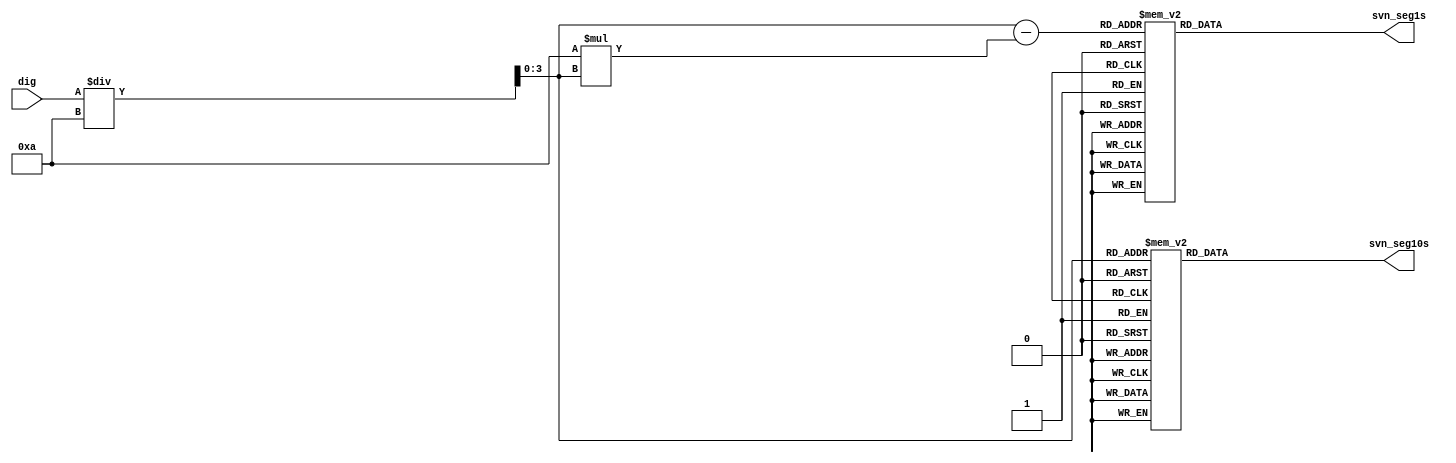
`timescale 1ns / 1ps
//////////////////////////////////////////////////////////////////////////////////
// Company: 
// Engineer: 
// 
// Design Name: 
// Module Name:    svn_seg 
// Project Name: 
// Target Devices: 
// Tool versions: 
// Description: 
//
// Dependencies: 
//
// Revision: 
// Revision 0.01 - File Created
// Additional Comments: 
//
//////////////////////////////////////////////////////////////////////////////////
module svn_seg(
		input wire [5:0] dig,
		output wire[7:0] svn_seg10s,
		output wire[7:0] svn_seg1s
	);
	reg[7:0] svn_seg_temp10s;
	reg[7:0] svn_seg_temp1s;
	reg[3:0] dig10s;
	reg[3:0] dig1s;
	
	always @(*) begin
		dig10s = dig/10;
		dig1s = dig/10 - (10 * dig10s);
		case(dig10s)
			4'b1: svn_seg_temp10s = 8'b11000000;
			4'b10: svn_seg_temp10s = 8'b11111001;
			4'b11: svn_seg_temp10s = 8'b10110000;
			4'b100: svn_seg_temp10s = 8'b10011001;
			4'b101: svn_seg_temp10s = 8'b10010010;
			4'b110: svn_seg_temp10s = 8'b10000010;
			4'b111: svn_seg_temp10s = 8'b11111000;
			4'b1000: svn_seg_temp10s = 8'b10000000;
			4'b1001: svn_seg_temp10s = 8'b10010000;
			default: svn_seg_temp10s = 8'b11111111;
		endcase
		case(dig1s)
			4'b1: svn_seg_temp1s = 8'b11000000;
			4'b10: svn_seg_temp1s = 8'b11111001;
			4'b11: svn_seg_temp1s = 8'b10110000;
			4'b100: svn_seg_temp1s = 8'b10011001;
			4'b101: svn_seg_temp1s = 8'b10010010;
			4'b110: svn_seg_temp1s = 8'b10000010;
			4'b111: svn_seg_temp1s = 8'b11111000;
			4'b1000: svn_seg_temp1s = 8'b10000000;
			4'b1001: svn_seg_temp1s = 8'b10010000;
			default: svn_seg_temp1s = 8'b11111111;
		endcase
	end
	assign svn_seg10s = svn_seg_temp10s;
	assign svn_seg1s = svn_seg_temp1s;

endmodule